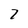
Character: 7